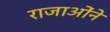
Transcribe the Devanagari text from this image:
राजाओंने